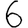
Digit: 6